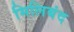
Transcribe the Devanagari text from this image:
मिलिबंद